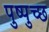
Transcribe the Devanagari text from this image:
पुष्पुच्छ